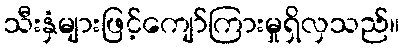
သီးနှံများဖြင့်ကျော်ကြားမှုရှိလှသည်။